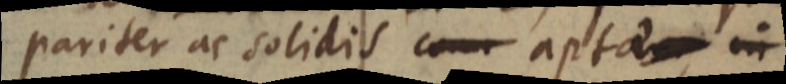
pariter ac solidis _ aptae in